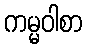
ကမ္မဝါစာ